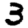
Digit: 3